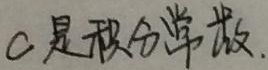
\(C\)是积分常数.